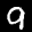
Label: 9